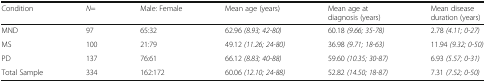
<table><thead><tr><td><b>Condition</b></td><td><b><i>N</i>=</b></td><td><b>Male: Female</b></td><td><b>Mean age (years)</b></td><td><b>Mean age at diagnosis (years)</b></td><td><b>Mean disease duration (years)</b></td></tr></thead><tbody><tr><td>MND</td><td>97</td><td>65:32</td><td>62.96 <i>(8.93; 42-80)</i></td><td>60.18 <i>(9.66; 35-78)</i></td><td>2.78 <i>(4.11; 0-27)</i></td></tr><tr><td>MS</td><td>100</td><td>21:79</td><td>49.12 <i>(11.26; 24-80)</i></td><td>36.98 <i>(9.71; 18-63)</i></td><td>11.94 <i>(9.32; 0-50)</i></td></tr><tr><td>PD</td><td>137</td><td>76:61</td><td>66.12 <i>(8.83; 40-88)</i></td><td>59.60 <i>(10.35; 30-87)</i></td><td>6.93 <i>(5.57; 0-31)</i></td></tr><tr><td>Total Sample</td><td>334</td><td>162:172</td><td>60.06 <i>(12.10; 24-88)</i></td><td>52.82 <i>(14.50; 18-87)</i></td><td>7.31 <i>(7.52; 0-50)</i></td></tr></tbody></table>